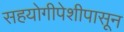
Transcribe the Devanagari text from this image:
सहयोगीपेशीपासून